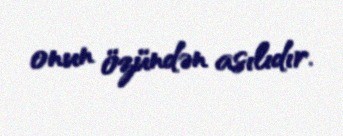
onun özündən asılıdır.